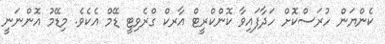
ކެންޔަން ހުރަސްކޮށް ހަދާފައިވާ ކޮންކްރީޓް އާރކް ގްރެވިޓީ ޑޭމް އެކެވެ. މިޑޭމު އޮންނަނީ